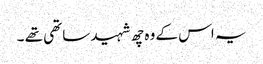
یہ اس کے وہ چھ شہید ساتھی تھے ۔